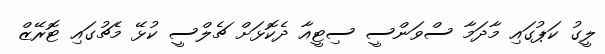
ލީގު ކަޕުގައި މާދަމާ ސްވަންސީ ސިޓީއާ ދެކޮޅަށް ޗެލްސީ ކުޅޭ މެޗުގައި ޓޮރޭޒް